Emmaste_vallavalitsus, lk 46
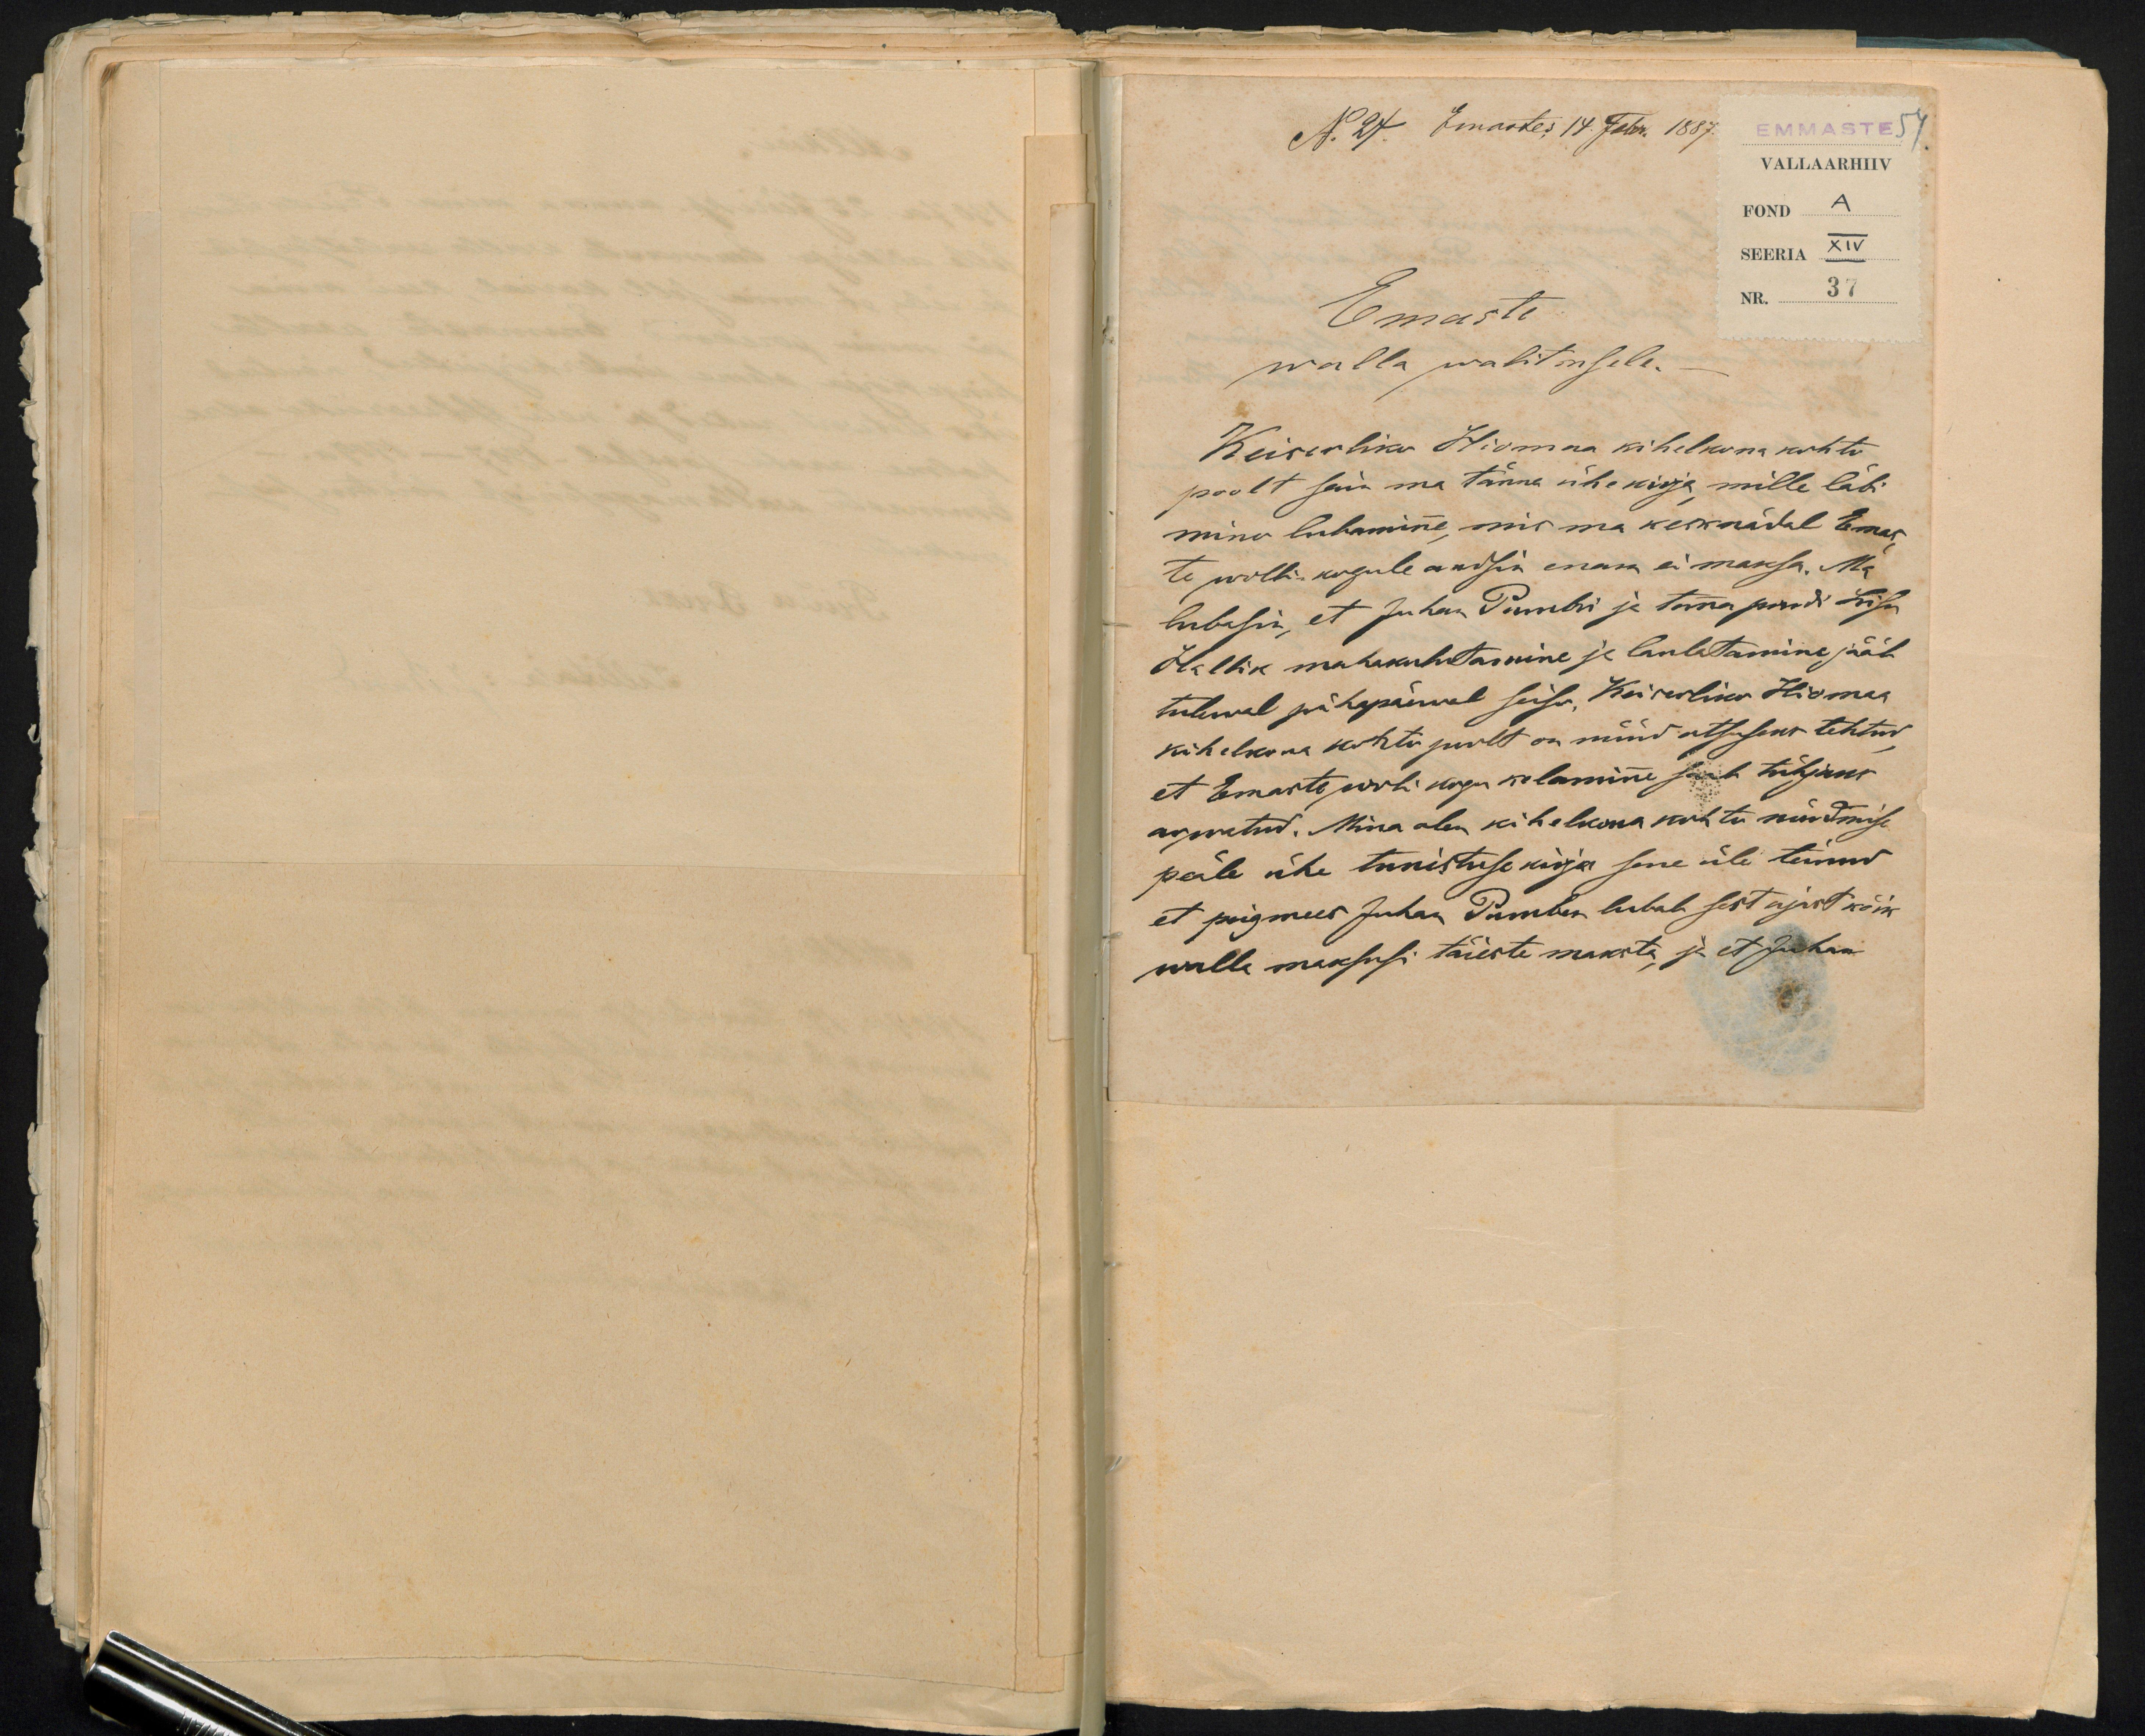
N. 27. Emastes 14. Febr. 1887. EMMASTE 54
VALLAARHIIV
FOND A
SEERIA XIV
Nr. 37
Emaste
walla walitsusele.
Keiserliku Hiomaa kihelkonna kohtu
poolt sain ma tänna ühe kirja mille läbi
minu lubamine, mis ma kesknädal Emas-
te wolli kogule andsin enam ei maksa. Ma
lubasin, et Juhan Pumbri ja tema pruudi Liisa
Hallik mahakulutamine ja laulatamine jääb
tulewal pühapäewel seisu, Keiserliku Hiomaa
kihelkona kohtu poolt on nüüd otsuseks tehtud
et Emaste woli kogu kolamine saab tühjaks
arwatud. Mina olen kihelkona kohtu nõudmise
peale ühe tunistuse kirja sene üle teinud
et peigmees Juhan Pumben lubab sest ajast kõik
walla maksusi täieste maksta, ja et Juhan-